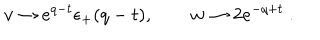
LaTeX: v \to e ^ { q - t } \epsilon _ { + } ( q - t ) , \qquad w \to 2 e ^ { - q + t } \ .